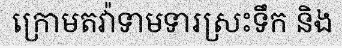
ក្រោមតវ៉ាទាមទារស្រះទឹក និង